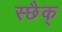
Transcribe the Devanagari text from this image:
स्छैक्